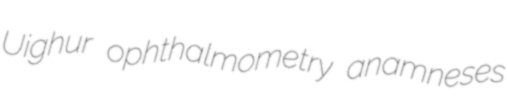
Uighur ophthalmometry anamneses